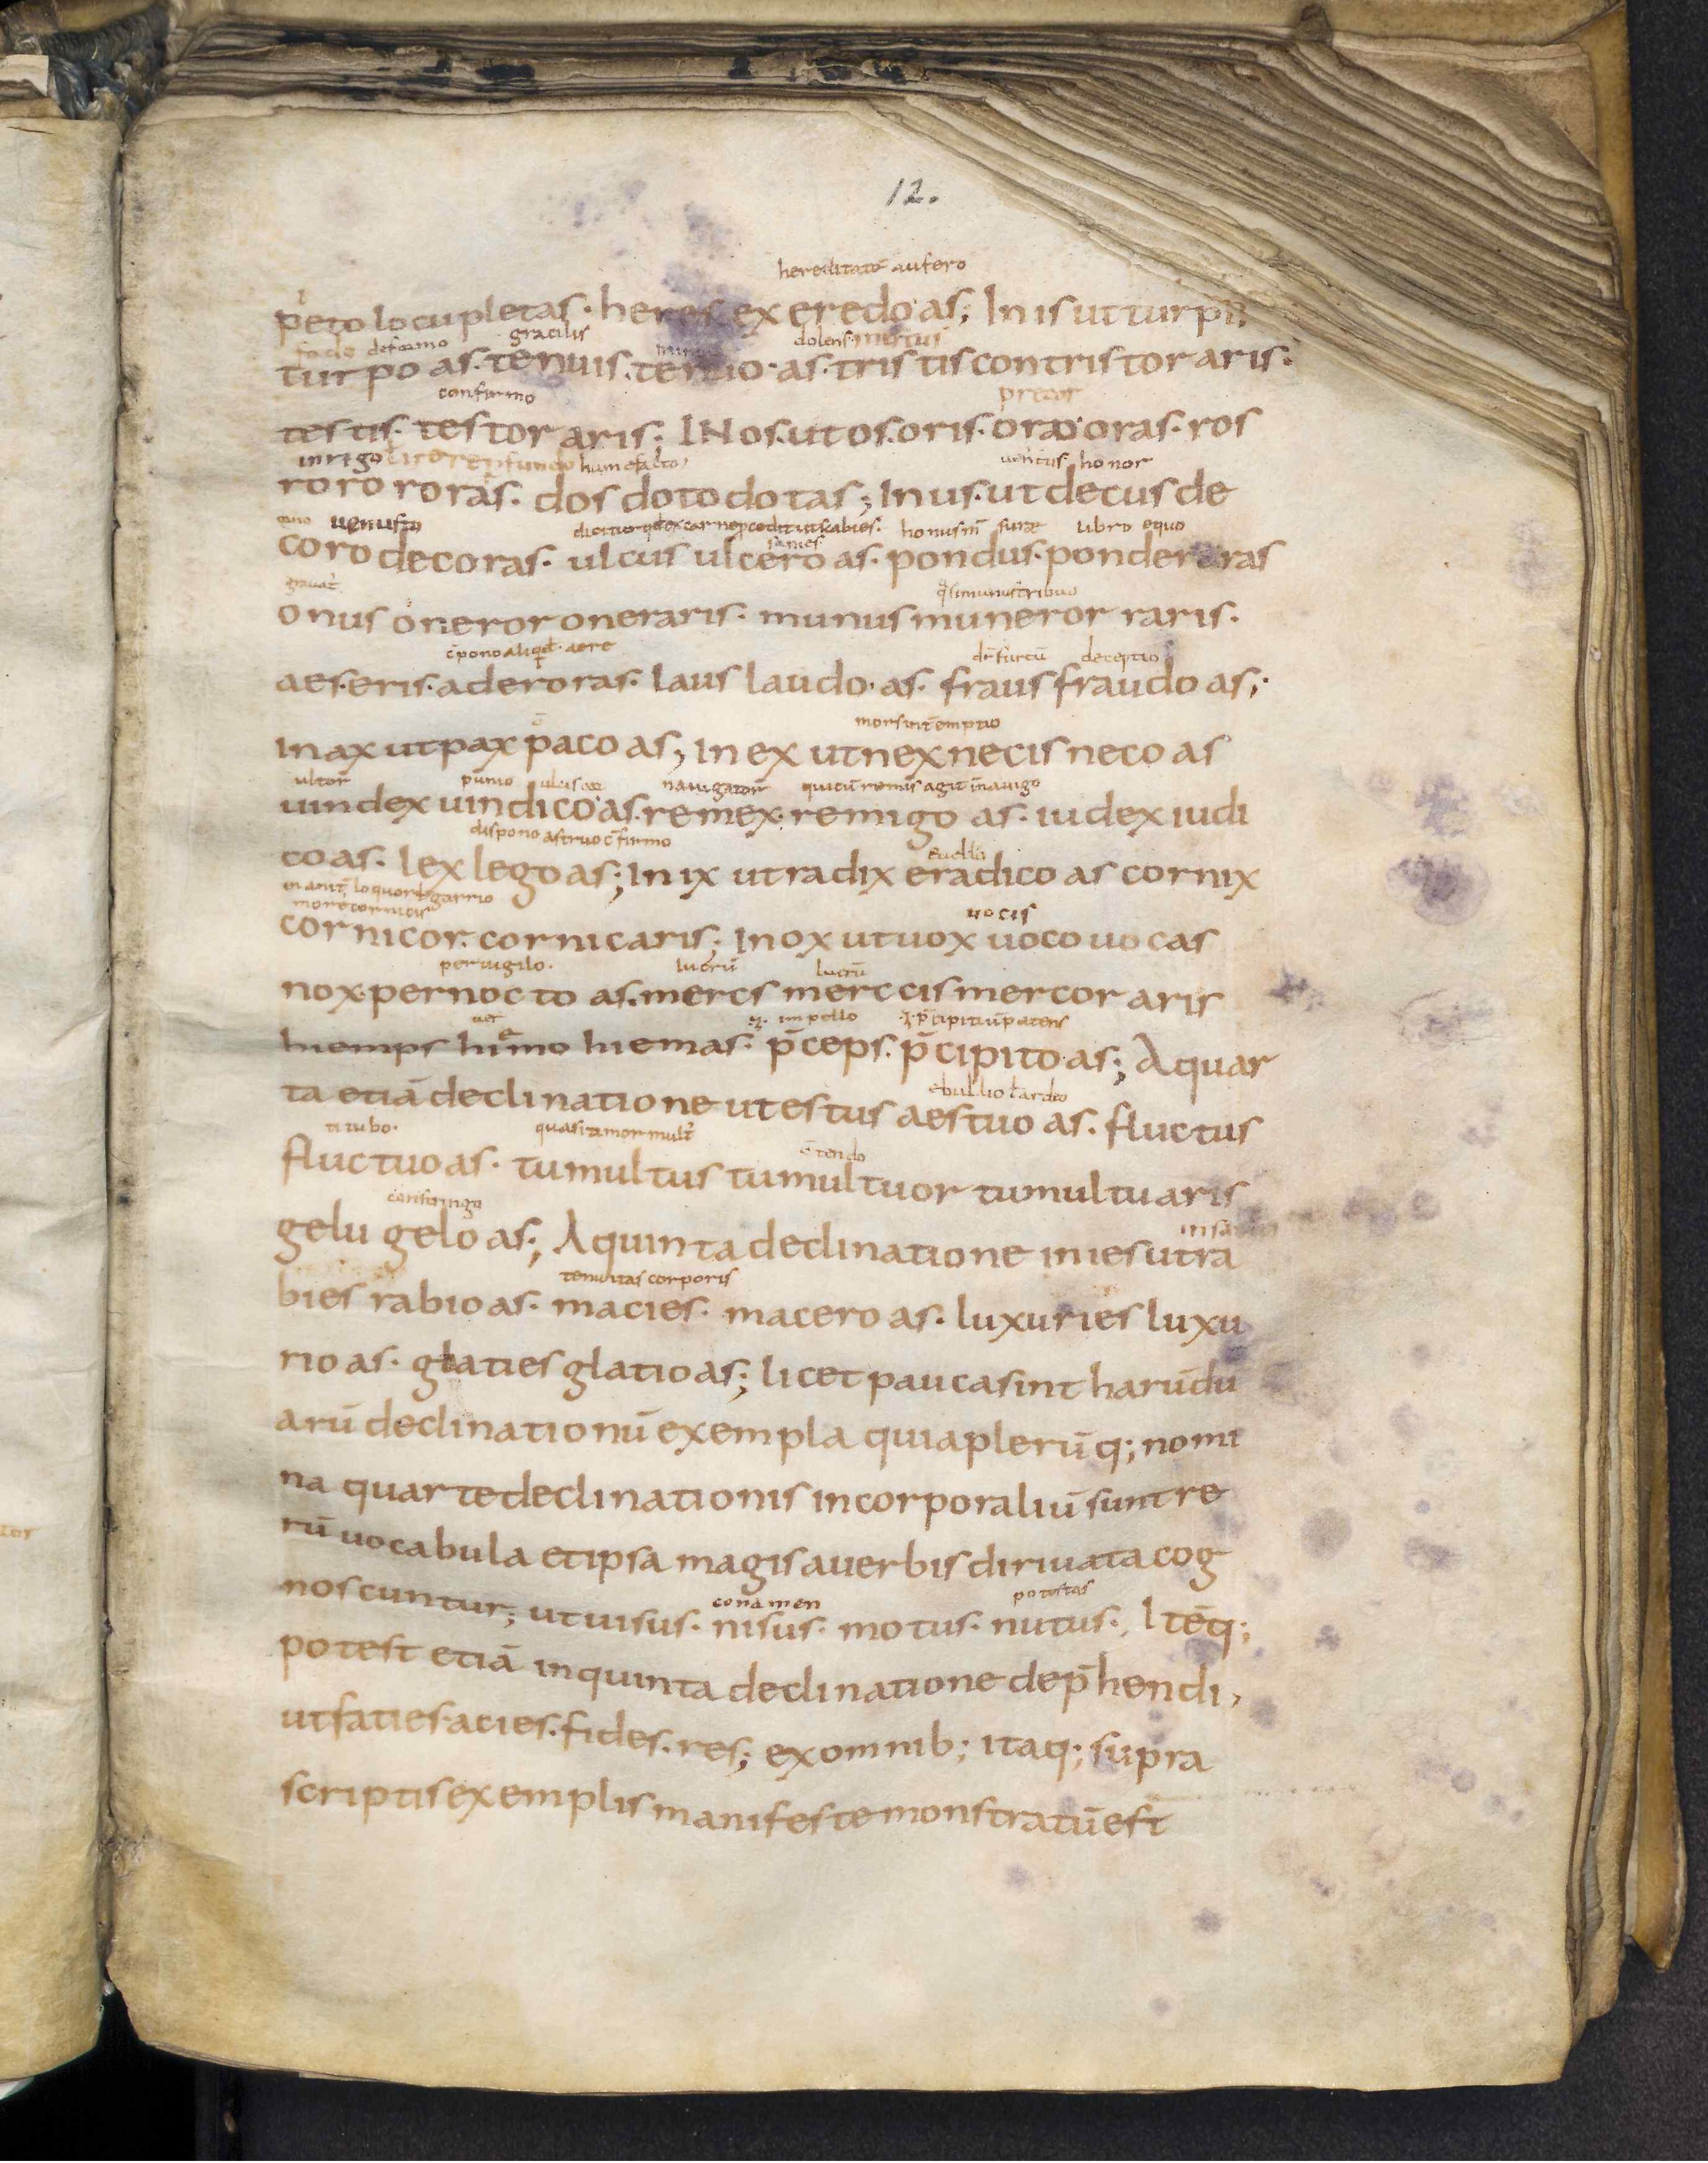
Shelfmark: Leiden, Bibliotheek der Rijksuniversiteit, Voss. Lat. O 41
Century: 9